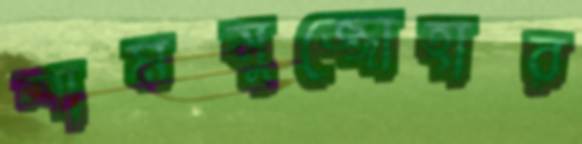
শামসুজ্জোহার